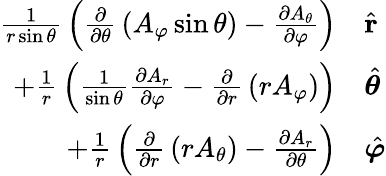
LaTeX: {\begin{array}{rl}{{\frac{1}{r\sin\theta}}\left({\frac{\partial}{\partial\theta}}\left(A_{\varphi}\sin\theta\right)-{\frac{\partial A_{\theta}}{\partial\varphi}}\right)}&{{\hat{\mathbf{r}}}}\\ {+{\frac{1}{r}}\left({\frac{1}{\sin\theta}}{\frac{\partial A_{r}}{\partial\varphi}}-{\frac{\partial}{\partial r}}\left(rA_{\varphi}\right)\right)}&{{\hat{\boldsymbol{\theta}}}}\\ {+{\frac{1}{r}}\left({\frac{\partial}{\partial r}}\left(rA_{\theta}\right)-{\frac{\partial A_{r}}{\partial\theta}}\right)}&{{\hat{\boldsymbol{\varphi}}}}\end{array}}